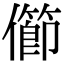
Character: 𠐉